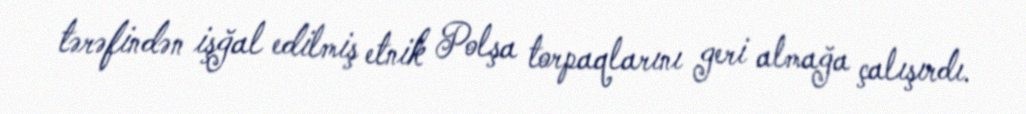
tərəfindən işğal edilmiş etnik Polşa torpaqlarını geri almağa çalışırdı.